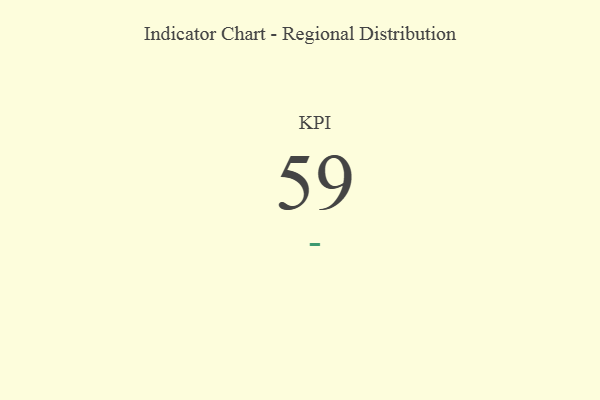
{"axis": {"x": "KPI", "y": "Value"}, "legend": [""], "data": [{"x": "KPI", "y": 59, "type": ""}]}